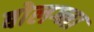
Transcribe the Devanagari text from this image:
बोलग्ना